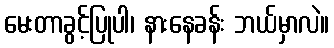
မေးတာခွင့်ပြုပါ၊ နားနေခန်း ဘယ်မှာလဲ။